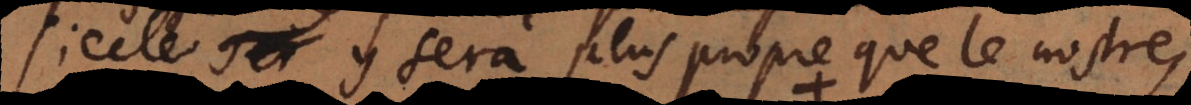
siecle y sera plus propre que le nostre,